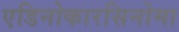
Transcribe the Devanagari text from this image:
एडिनोकारसिनोमा